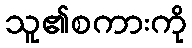
သူ၏စကားကို